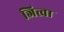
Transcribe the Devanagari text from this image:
जित्वा